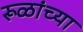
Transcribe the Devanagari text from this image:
रूळांच्या